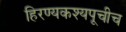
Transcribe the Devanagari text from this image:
हिरण्यकश्यपूचीच